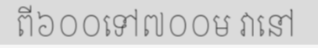
ពី៦០០ទៅ៧០០ម វានៅ